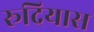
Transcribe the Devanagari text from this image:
रूदियास